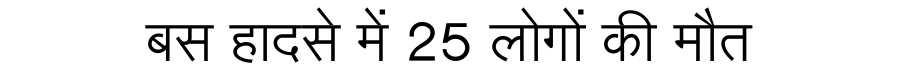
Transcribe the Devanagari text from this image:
बस हादसे में 25 लोगों की मौत